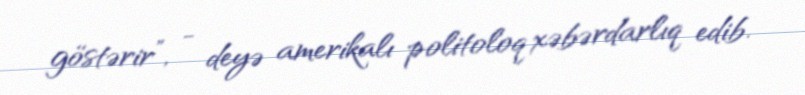
göstərir”, - deyə amerikalı politoloq xəbərdarlıq edib.